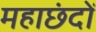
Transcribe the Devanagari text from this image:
महाछंदों